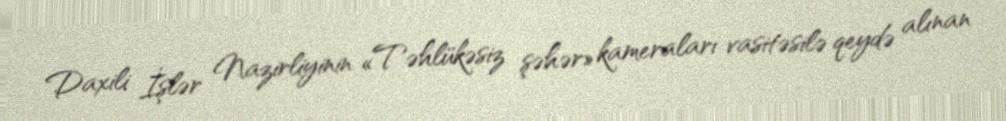
Daxili İşlər Nazirliyinin «Təhlükəsiz şəhər» kameraları vasitəsilə qeydə alınan